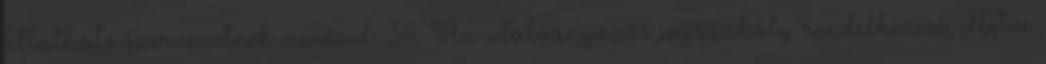
átlátható szervezetnek minősül. 34. Az utalványozás jogszabály rendelkezése, illetve